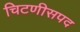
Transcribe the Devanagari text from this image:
चिटणीसपद